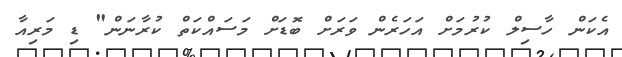
އެކަން ހާސިލް ކުރުމަށް އަހަރެން ވަރަށް ބޮޑަށް މަސައްކަތް ކުރާނަން" ޑި މަރިއާ